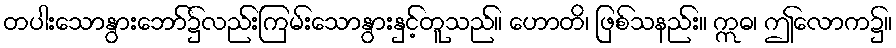
တပါးသောနွားဘော်၌လည်းကြမ်းသောနွားနှင့်တူသည်။ ဟောတိ၊ ဖြစ်သနည်း။ ဣဓ၊ ဤလောက၌။